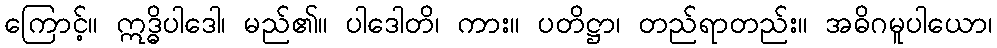
ကြောင့်။ ဣဒ္ဓိပါဒေါ၊ မည်၏။ ပါဒေါတိ၊ ကား။ ပတိဋ္ဌာ၊ တည်ရာတည်း။ အဓိဂမူပါယော၊